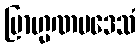
ဗြာဟ္မဏပဒေသံ